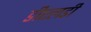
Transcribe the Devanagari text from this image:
डीएलडी